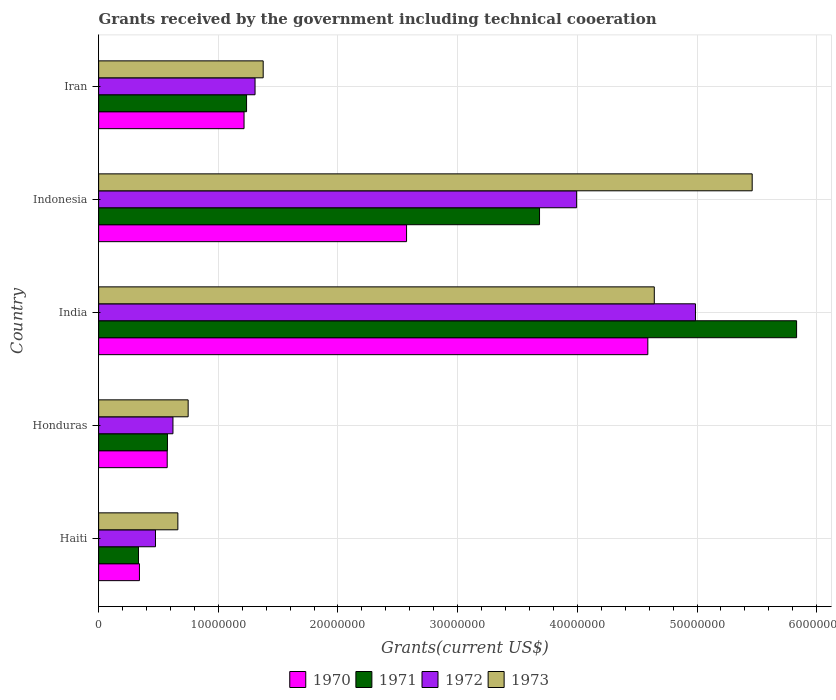
| Country | 1970 | 1971 | 1972 | 1973 |
 | --- | --- | --- | --- | --- |
 | Haiti | 3.41e+06 | 3.33e+06 | 4.75e+06 | 6.62e+06 |
 | Honduras | 5.73e+06 | 5.75e+06 | 6.21e+06 | 7.48e+06 |
 | India | 4.59e+07 | 5.83e+07 | 4.99e+07 | 4.64e+07 |
 | Indonesia | 2.57e+07 | 3.68e+07 | 3.99e+07 | 5.46e+07 |
 | Iran | 1.22e+07 | 1.24e+07 | 1.31e+07 | 1.38e+07 |